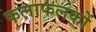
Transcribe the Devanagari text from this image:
कलाफलकों